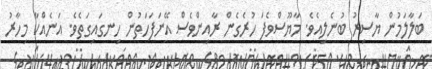
ބަލާލަމުން ޔާސިރު ބުނެލިއެވެ. މާޔޫސްވެފަ ހުރެގެން ރާއިންވެސް އޭނަފަހަތުން ހިނގައިގަތެވެ. އަނެއްކާ މިހާރު